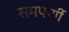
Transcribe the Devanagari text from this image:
समपर्णी